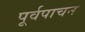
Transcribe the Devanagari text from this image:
पूर्वपाचन